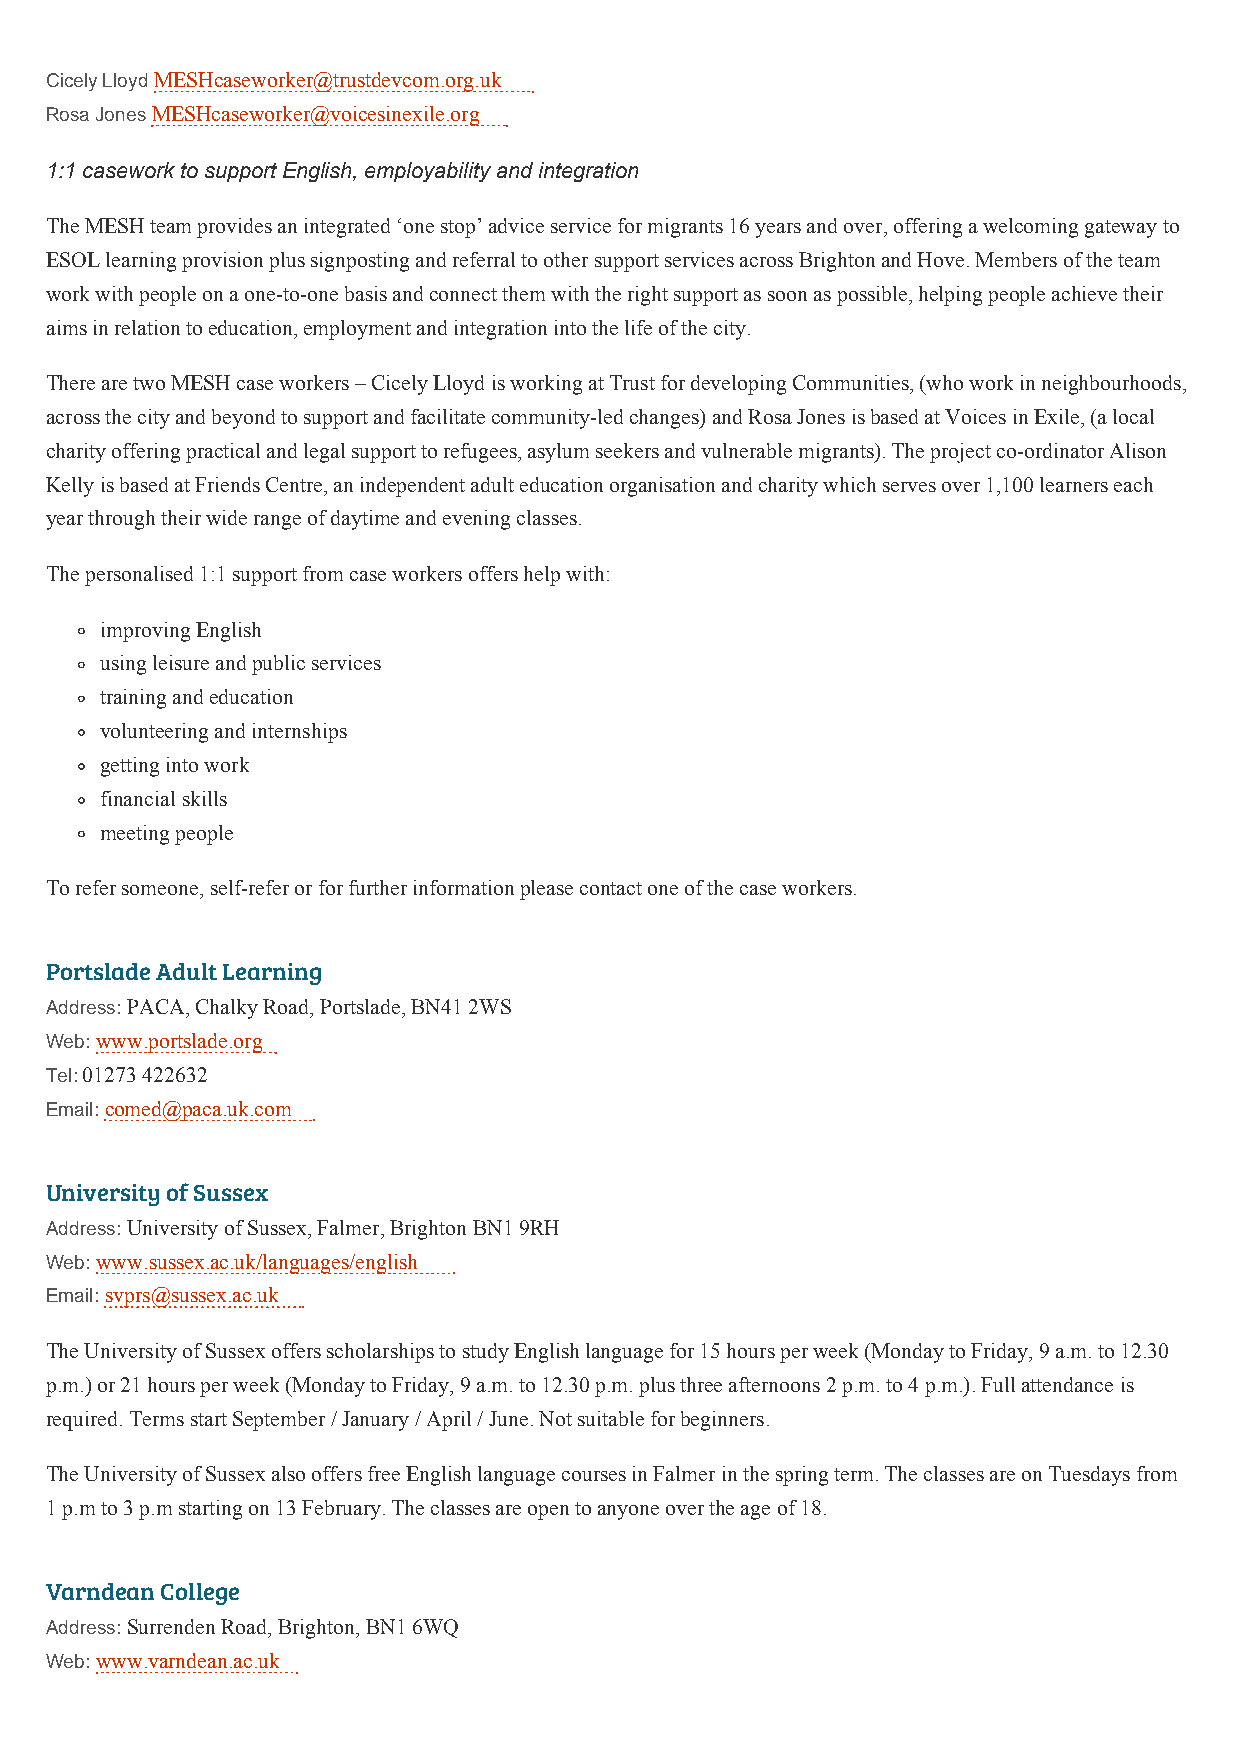
Cicely Lloyd MESHcaseworker@trustdevcom.org.uk
 Rosa Jones MESHcaseworker@voicesinexile.org
 1:1 casework to support English, employability and integration
 The MESH team provides an integrated ‘one stop’ advice service for migrants 16 years and over, offering a welcoming gateway to
 ESOL learning provision plus signposting and referral to other support services across Brighton and Hove. Members of the team
 work with people on a one-to-one basis and connect them with the right support as soon as possible, helping people achieve their
 aims in relation to education, employment and integration into the life of the city.
 There are two MESH case workers – Cicely Lloyd is working at Trust for developing Communities, (who work in neighbourhoods,
 across the city and beyond to support and facilitate community-led changes) and Rosa Jones is based at Voices in Exile, (a local
 charity offering practical and legal support to refugees, asylum seekers and vulnerable migrants). The project co-ordinator Alison
 Kelly is based at Friends Centre, an independent adult education organisation and charity which serves over 1,100 learners each
 year through their wide range of daytime and evening classes.
 The personalised 1:1 support from case workers offers help with:
 improving English
 using leisure and public services
 training and education
 volunteering and internships
 getting into work
 financial skills
 meeting people
 To refer someone, self-refer or for further information please contact one of the case workers.
 Portslade Adult Learning
 Address: PACA, Chalky Road, Portslade, BN41 2WS
 Web: www.portslade.org
 Tel: 01273 422632
 Email: comed@paca.uk.com
 University of Sussex
 Address: University of Sussex, Falmer, Brighton BN1 9RH
 Web: www.sussex.ac.uk/languages/english
 Email: svprs@sussex.ac.uk
 The University of Sussex offers scholarships to study English language for 15 hours per week (Monday to Friday, 9 a.m. to 12.30
 p.m.) or 21 hours per week (Monday to Friday, 9 a.m. to 12.30 p.m. plus three afternoons 2 p.m. to 4 p.m.). Full attendance is
 required. Terms start September / January / April / June. Not suitable for beginners.
 The University of Sussex also offers free English language courses in Falmer in the spring term. The classes are on Tuesdays from
 1 p.m to 3 p.m starting on 13 February. The classes are open to anyone over the age of 18.
 Varndean College
 Address: Surrenden Road, Brighton, BN1 6WQ
 Web: www.varndean.ac.uk